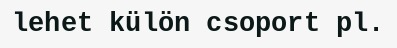
lehet külön csoport pl.